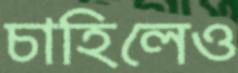
চাহিলেও